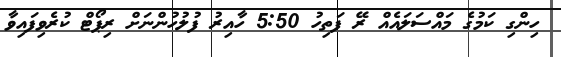
ހިންގި ކަމުގެ މައްސަލައެއް ރޭ ފަތިހު 5:50 ހާއިރު ފުލުހުންނަށް ރިޕޯޓް ކުރެވިފައިވާ